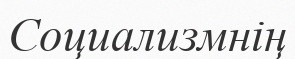
Социализмнің